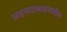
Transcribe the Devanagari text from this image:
अहमदाबादमधील